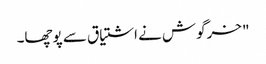
" خرگوش نے اشتیاق سے پوچھا۔